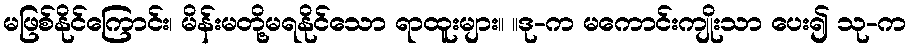
မဖြစ်နိုင်ကြောင်း၊ မိန်းမတို့မရနိုင်သော ရာထူးများ။ ။ဒု-က မကောင်းကျိုးသာ ပေး၍ သု-က